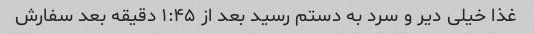
غذا خیلی دیر و سرد به دستم رسید بعد از ۱:۴۵ دقیقه بعد سفارش